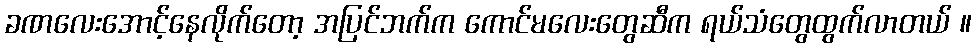
ခဏလေးအောင့်နေလိုက်တော့ အပြင်ဘက်က ကောင်မလေးတွေဆီက ရယ်သံတွေထွက်လာတယ် ။